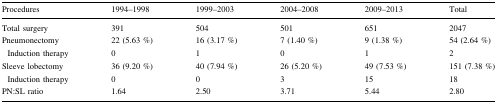
| Procedures | 1994–1998 | 1999–2003 | 2004–2008 | 2009–2013 | Total |
 | --- | --- | --- | --- | --- | --- |
 | Total surgery | 391 | 504 | 501 | 651 | 2047 |
 | Pneumonectomy | 22 (5.63 %) | 16 (3.17 %) | 7 (1.40 %) | 9 (1.38 %) | 54 (2.64 %) |
 | Induction therapy | 0 | 1 | 0 | 1 | 2 |
 | Sleeve lobectomy | 36 (9.20 %) | 40 (7.94 %) | 26 (5.20 %) | 49 (7.53 %) | 151 (7.38 %) |
 | Induction therapy | 0 | 0 | 3 | 15 | 18 |
 | PN:SL ratio | 1.64 | 2.50 | 3.71 | 5.44 | 2.80 |